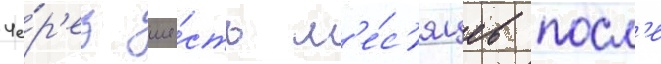
Че́р'ез ше́сть м'е́с'яцев посл'е